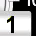
Digit: 1